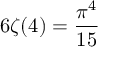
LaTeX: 6 \zeta ( 4 ) = { \frac { \pi ^ { 4 } } { 1 5 } }